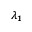
\lambda _ { 1 }